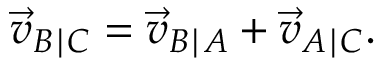
{ \vec { v } } _ { B \mid C } = { \vec { v } } _ { B \mid A } + { \vec { v } } _ { A \mid C } .